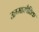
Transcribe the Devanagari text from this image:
ऊष्मास्थैतिक